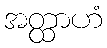
အတ္ထာဟံ